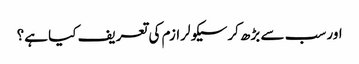
اور سب سے بڑھ کرسیکولرازم کی تعریف کیا ہے؟